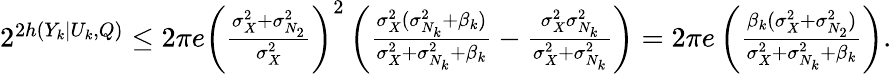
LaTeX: \begin{array}{r}{2^{2h(Y_{k}|U_{k},Q)}\le 2\pi e\left(\frac{\sigma_{X}^{2}+\sigma_{N_{2}}^{2}}{\sigma_{X}^{2}}\right)^{2}\left(\frac{\sigma_{X}^{2}(\sigma_{N_{k}}^{2}+\beta_{k})}{\sigma_{X}^{2}+\sigma_{N_{k}}^{2}+\beta_{k}}-\frac{\sigma_{X}^{2}\sigma_{N_{k}}^{2}}{\sigma_{X}^{2}+\sigma_{N_{k}}^{2}}\right)=2\pi e\left(\frac{\beta_{k}(\sigma_{X}^{2}+\sigma_{N_{2}}^{2})}{\sigma_{X}^{2}+\sigma_{N_{k}}^{2}+\beta_{k}}\right).}\end{array}